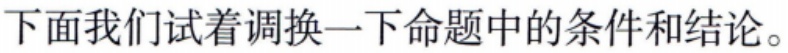
下面我们试着调换一下命题中的条件和结论。